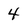
Character: 4